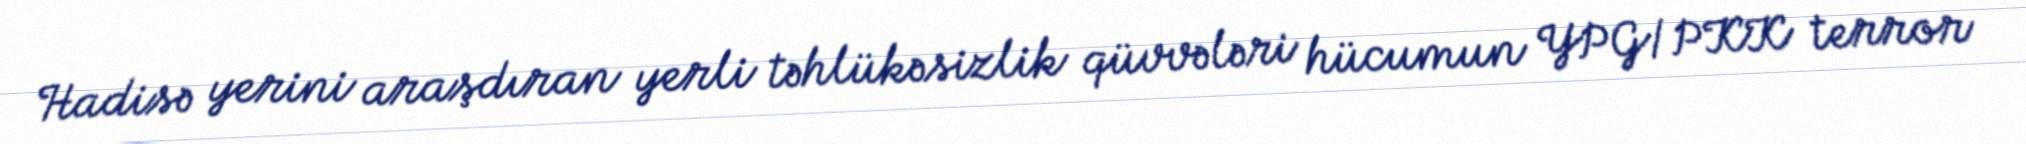
Hadisə yerini araşdıran yerli təhlükəsizlik qüvvələri hücumun YPG/PKK terror